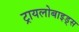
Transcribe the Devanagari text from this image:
ट्रायलोबाइड्स